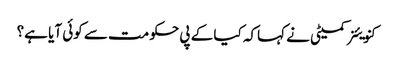
کنویئنر کمیٹی نے کہاکہ کیا کے پی حکومت سے کوئی آیا ہے؟